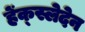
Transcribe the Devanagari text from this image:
हेंक्स्लेदेन